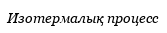
Изотермалық процесс